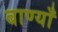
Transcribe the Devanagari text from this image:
बाण्याँ